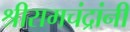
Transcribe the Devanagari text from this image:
श्रीरामचंद्रांनी